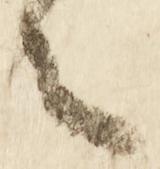
之